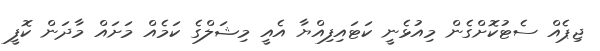
ޖިޕެއް ސެޓުކޮށްގެން މިއުޅެނީ ކަޓައިފިއްޔާ އެއީ މިޝަލްގެ ކަމެއް މަށައް މާދަން ކޮފީ